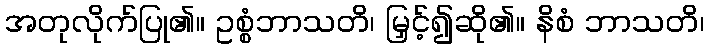
အတုလိုက်ပြု၏။ ဥစ္စံဘာသတိ၊ မြှင့်၍ဆို၏။ နိစံ ဘာသတိ၊